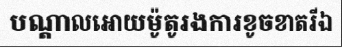
បណ្តាលអោយម៉ូតូរងការខូចខាតរីឯ